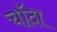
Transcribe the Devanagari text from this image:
चाॅदा